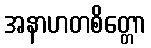
အနာဟတစိတ္တော